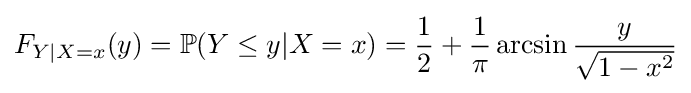
F_{Y|X=x}(y)=\mathbb {P} (Y\leq y|X=x)={\frac {1}{2}}+{\frac {1}{\pi }}\arcsin {\frac {y}{\sqrt {1-x^{2}}}}